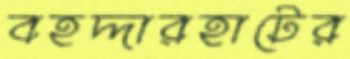
বহদ্দারহাটের